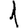
Digit: 1